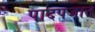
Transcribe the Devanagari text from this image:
पादपजात